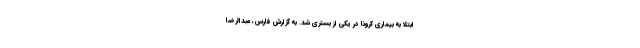
ابتلا به بیماری کرونا در یکی از بستری شد. به گزارش فارس، عبدالرضا